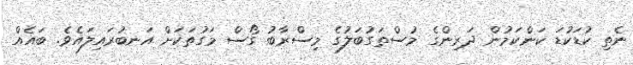
ނެތި ކުޑަކުޑަ ކަންކަމުން ދަރިންގެ މުސްތަގުބަލުގެ މިސްރާބު ގޯސް މަގުތަކަށް އަނބުރައިލައެވެ. ބައެއް